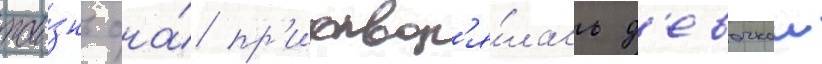
жи́знь она́ пр'итвор'я́лась д'евочкои